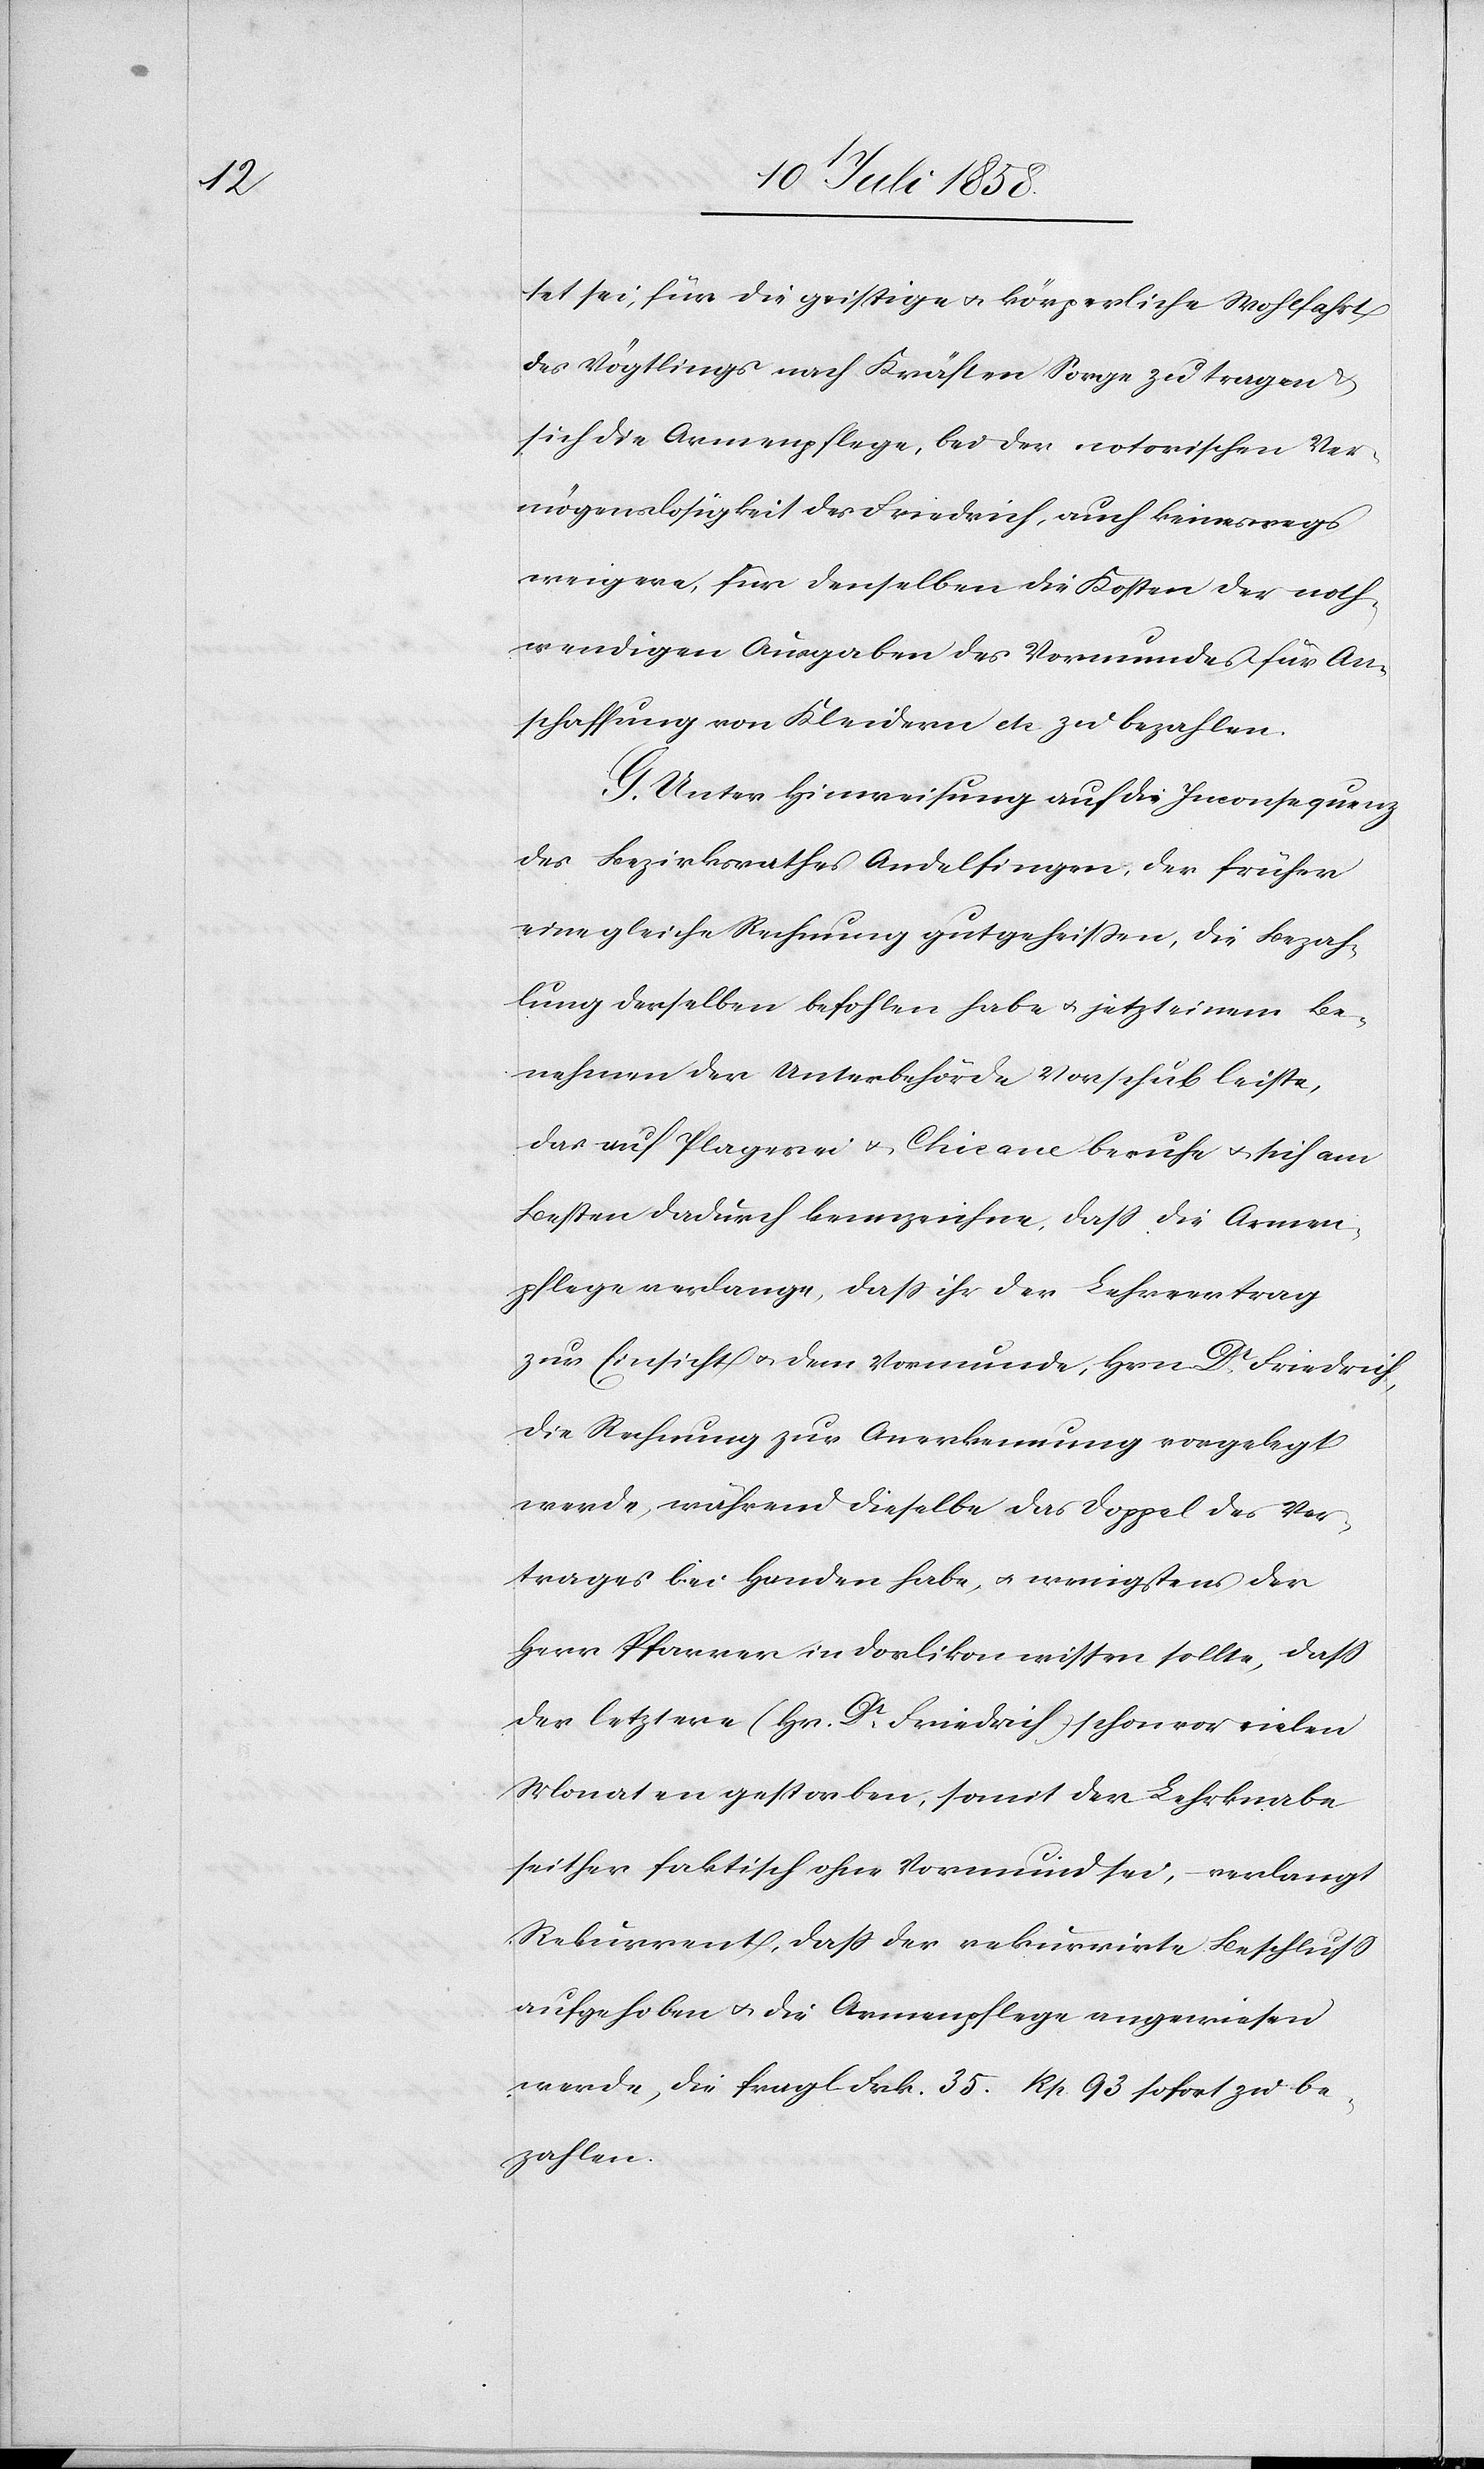
tet sei, für die geistige & körperliche Wohlfahrt
des Vögtlings nach Kräften Sorge zu tragen
sich die Armenpflege, bei der notorischen Ver¬
mögenslosigkeit des Friedrich, auch keineswegs
weigere, für denselben die Kosten der noth¬
wendigen Ausgaben des Vormundes für An¬
schaffung von Kleidern etc. zu bezahlen.
Unter Hinweisung auf die Inconsequenz
des Bezirksrathes Andelfingen, der früher
eine gleiche Rechnung gutgeheissen, die Bezah¬
lung derselben befohlen habe & jetzt einem Be¬
nehmen der Unterbehörde Vorschub leiste,
das auf Plagerei & Chicane beruhe & sich am
Besten dadurch kennzeichne, dass die Armen¬
pflege verlange, dass ihr der Lehrvertrag
zur Einsicht & dem Vormunde, Hrn Dr Friedrich,
die Rechnung zur Anerkennung vorgelegt
werde, während dieselbe das Doppel des Ver¬
trages bei Handen habe, & wenigstens der
Herr Pfarrer in Dorlikon wissen sollte, dass
der letztere (Hr. Dr Friedrich) schon vor vielen
Monaten gestorben, somit der Lehrknabe
seither faktisch ohne Vormund sei, – verlangt
Rekurrent, dass der rekurrirte Beschluss
aufgehoben & die Armenpflege angewiesen
werde, die fragl. Frk. 35. Rp. 93 sofort zu be¬
zahlen.